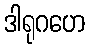
ဒါရုဂဟေ